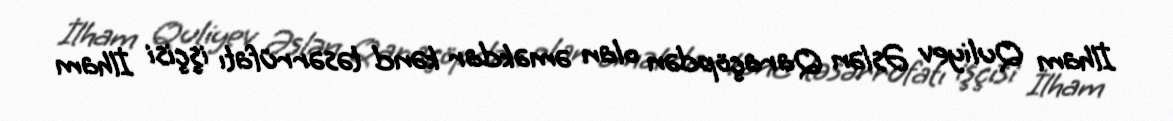
İlham Quliyev Əslən Qaraçöpdən olan əməkdar kənd təsərrüfatı işçisi İlham